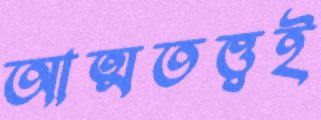
আত্মতত্ত্বই